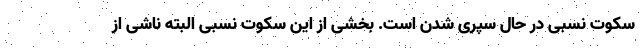
سکوت نسبی در حال سپری شدن است. بخشی از این سکوت نسبی البته ناشی از